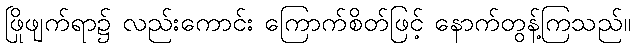
ဖြိုဖျက်ရာ၌ လည်းကောင်း ကြောက်စိတ်ဖြင့် နောက်တွန့်ကြသည်။